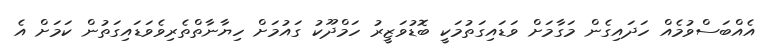
އެއްބަސްވުމެއް ހަދައިގެން މަގާމަށް ވަޑައިގަތުމަކީ ބޮޑުވަޒީރު ހަމްދޫކު ގައުމަށް ހިޔާނާތްތެރިވެވަޑައިގަތުން ކަމަށް އެ